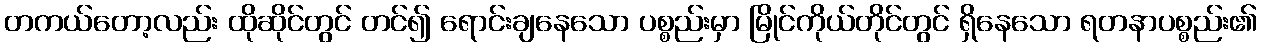
တကယ်တော့လည်း ထိုဆိုင်တွင် တင်၍ ရောင်းချနေသော ပစ္စည်းမှာ မြိုင်ကိုယ်တိုင်တွင် ရှိနေသော ရတနာပစ္စည်း၏